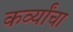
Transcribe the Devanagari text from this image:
कर्व्यांचा